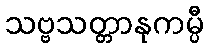
သဗ္ဗသတ္တာနုကမ္ပီ